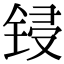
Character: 锓